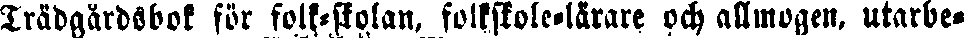
Trädgårdsbok för folk-skolan, folkskole-lärare och allmogen, utarbe.